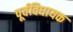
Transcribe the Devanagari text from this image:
पूर्वविधायक